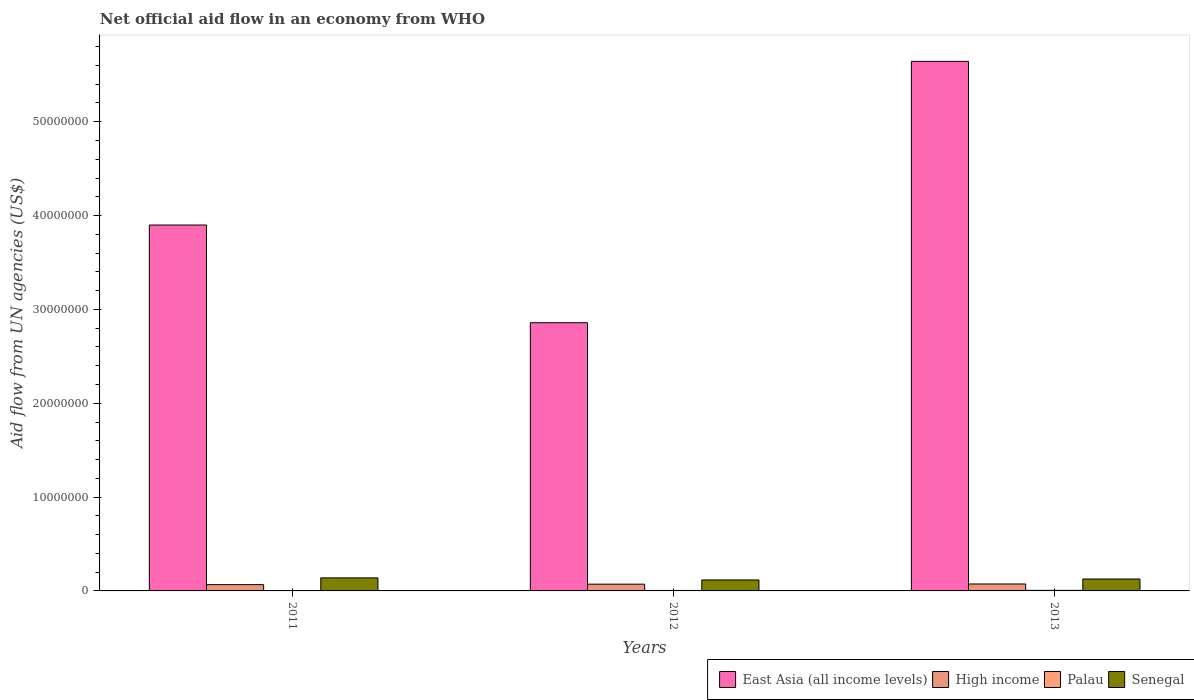
| Years | East Asia (all income levels) | High income | Palau | Senegal |
 | --- | --- | --- | --- | --- |
 | 2011 | 3.9e+07 | 6.7e+05 | 3e+04 | 1.39e+06 |
 | 2012 | 2.86e+07 | 7.2e+05 | 5e+04 | 1.17e+06 |
 | 2013 | 5.64e+07 | 7.4e+05 | 6e+04 | 1.27e+06 |